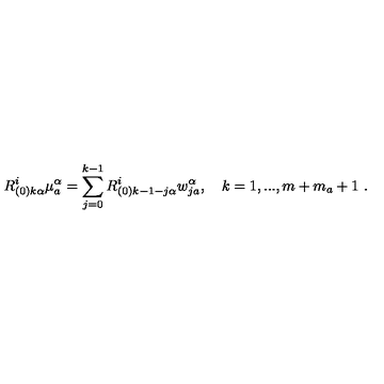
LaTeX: R _ { ( 0 ) k \alpha } ^ { i } \mu _ { a } ^ { \alpha } = \sum _ { j = 0 } ^ { k - 1 } R _ { ( 0 ) k - 1 - j \alpha } ^ { i } w _ { j a } ^ { \alpha } , \quad k = 1 , . . . , m + m _ { a } + 1 \ .